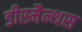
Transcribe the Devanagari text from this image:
डीस्मैन्थस